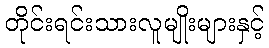
တိုင်းရင်းသားလူမျိုးများနှင့်